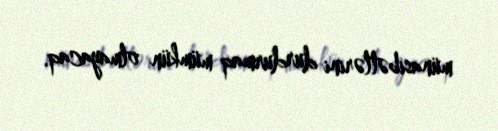
münasibətlərini durdurmaq mümkün olmayacaq.